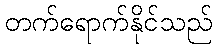
တက်ရောက်နိုင်သည်